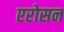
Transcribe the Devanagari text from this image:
एरोसन